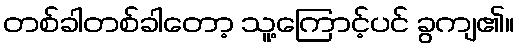
တစ်ခါတစ်ခါတော့ သူ့ကြောင့်ပင် ခွကျ၏။